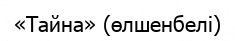
«Тайна» (өлшенбелі)